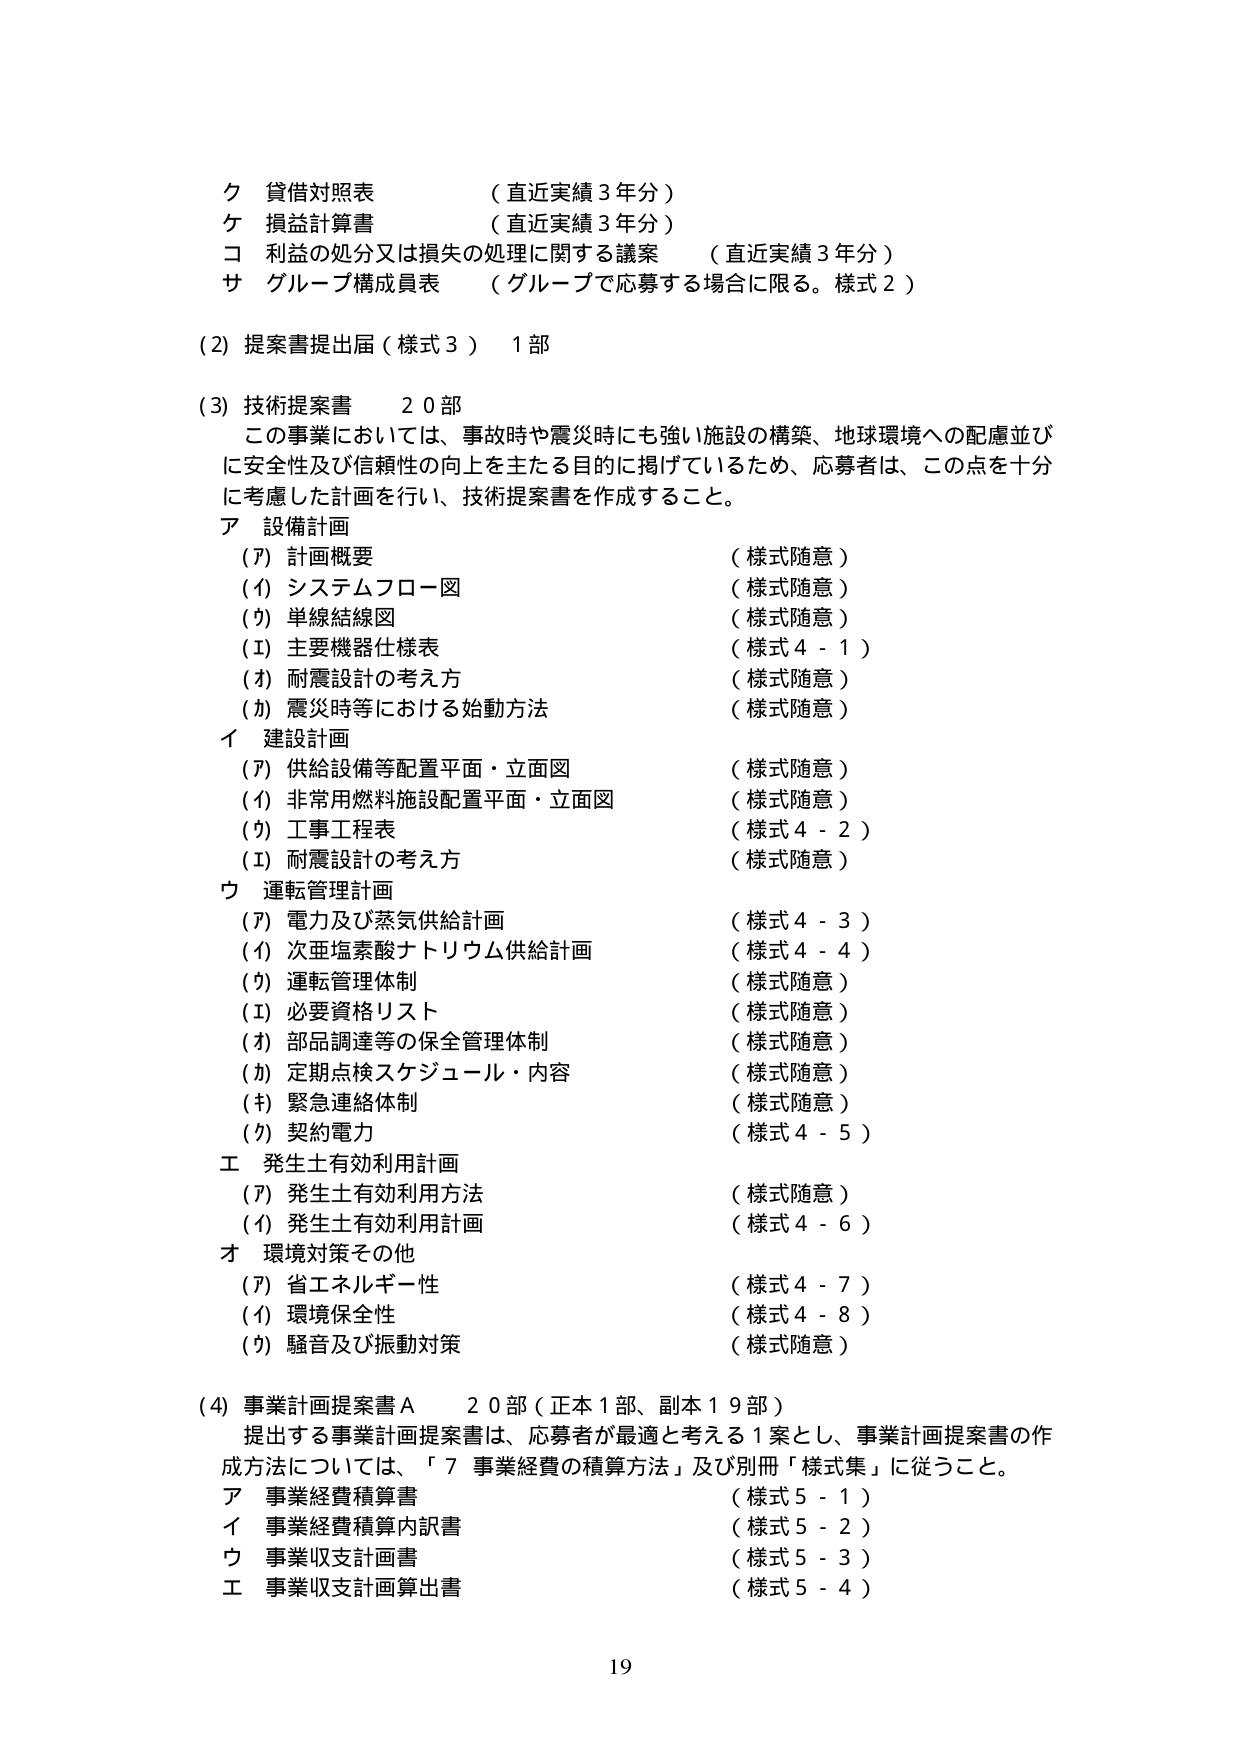
ク 貸借対照表 （直近実績３年分）
ケ 損益計算書 （直近実績３年分）
コ 損益の処分又は損失の処理に関する議案 （直近実績３年分）
サ グループ構成員表 （グループで応募する場合に限る。様式２）

(2) 提案書提出届（様式３） １部

(3) 技術提案書 ２０部
この事業においては、事故時や震災時にも強い施設の構築、地球環境への配慮並びに安全性及び信頼性の向上を主たる目的に掲げているため、応募者は、この点を十分に考慮した計画を行い、技術提案書を作成すること。

ア 設備計画
(ア) 計画概要 （様式随意）
(イ) システムフロー図 （様式随意）
(ウ) 単線結線図 （様式随意）
(エ) 主要機器仕様表 （様式４－１）
(オ) 耐震設計の考え方 （様式随意）
(カ) 震災時等における始動方法 （様式随意）

イ 建設計画
(ア) 供給設備等配置平面・立面図 （様式随意）
(イ) 非常用燃料施設配置平面・立面図 （様式随意）
(ウ) 工事工程表 （様式４－２）
(エ) 耐震設計の考え方 （様式随意）

ウ 運転管理計画
(ア) 電力及び蒸気供給計画 （様式４－３）
(イ) 次亜塩素酸ナトリウム供給計画 （様式４－４）
(ウ) 運転管理体制 （様式随意）
(エ) 必要資格リスト （様式随意）
(オ) 部品調達等の保全管理体制 （様式随意）
(カ) 定期点検スケジュール・内容 （様式随意）
(キ) 緊急連絡体制 （様式随意）
(ク) 契約電力 （様式４－５）

エ 発生土有効利用計画
(ア) 発生土有効利用方法 （様式随意）
(イ) 発生土有効利用計画 （様式４－６）

オ 環境対策その他
(ア) 省エネルギー性 （様式４－７）
(イ) 環境保全性 （様式４－８）
(ウ) 騒音及び振動対策 （様式随意）

(4) 事業計画提案書Ａ ２０部（正本１部、副本１９部）
提出する事業計画提案書は、応募者が最適と考える１案とし、事業計画提案書の作成方法については、「７ 事業経費の積算方法」及び別冊「様式集」に従うこと。

ア 事業経費積算書 （様式５－１）
イ 事業経費積算内訳書 （様式５－２）
ウ 事業収支計画書 （様式５－３）
エ 事業収支計画算出書 （様式５－４）

19